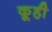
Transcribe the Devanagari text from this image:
कूही